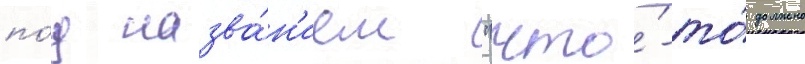
по́д назва́н'ием "что́-то́ должно